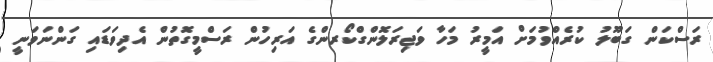
ރަސްކަން ގަބޫލު ކުރެއްވުމަށް އަމީރު މަހާ ވަޖިރަލޮންގްކޯރންގެ އަރިހުން ރަސްމީގޮތުން އެދިވަޑައި ގަންނަވަނީ